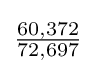
{\tfrac {60,372}{72,697}}